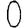
Digit: 0